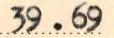
39.69